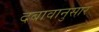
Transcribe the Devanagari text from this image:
दबावानुसार